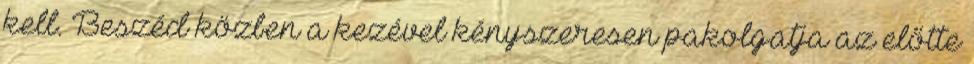
kell. Beszéd közben a kezével kényszeresen pakolgatja az előtte